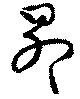
昴